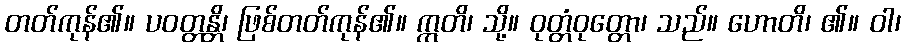
တတ်ကုန်၏။ ပဝတ္တန္တိ၊ ဖြစ်တတ်ကုန်၏။ ဣတိ၊ သို့။ ဝုတ္တံဝုတ္တော၊ သည်။ ဟောတိ၊ ၏။ ဝါ၊